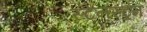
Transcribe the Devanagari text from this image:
स्टेनस्ट्रम